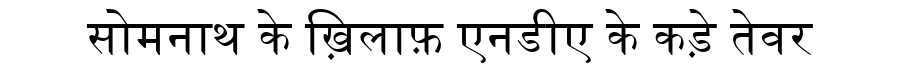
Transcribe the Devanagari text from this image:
सोमनाथ के ख़िलाफ़ एनडीए के कड़े तेवर